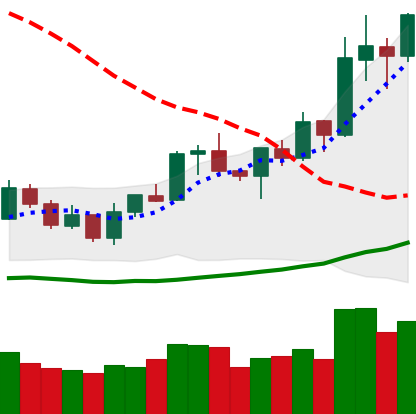
Ticker: NEO-USD
Chart end date: 2020-01-17
Forward return: -5.522%
Label: down_5_7